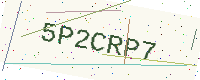
Text: 5P2CRP7